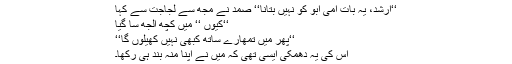
‘‘ارشد، یہ بات امی ابو کو نہیں بتانا‘‘ صمد نے مجھ سے لجاجت سے کہا
‘‘کیوں ‘‘ میں کچھ الجھ سا گیا
‘‘پھر میں تمھارے ساتھ کبھی نہیں کھیلوں گا‘‘
اس کی یہ دھمکی ایسی تھی کہ میں نے اپنا منہ بند ہی رکھا۔